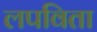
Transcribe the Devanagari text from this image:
लपविता